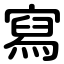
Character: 寫